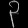
Digit: ၃